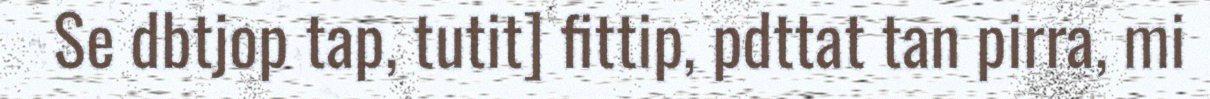
Se dbtjop tap, tutit] fittip, pdttat tan pirra, mi